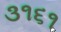
૩૧૬૧